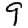
Digit: 9